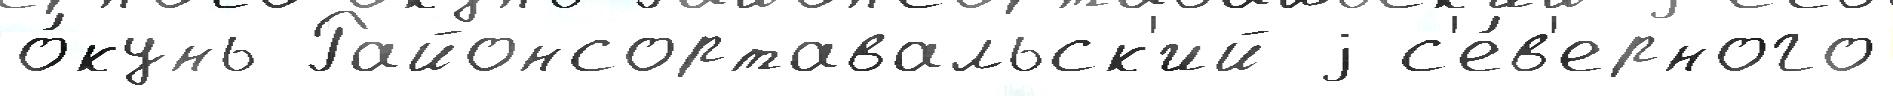
о́кунь Районсортавальск'ий j с'е́в'ерного